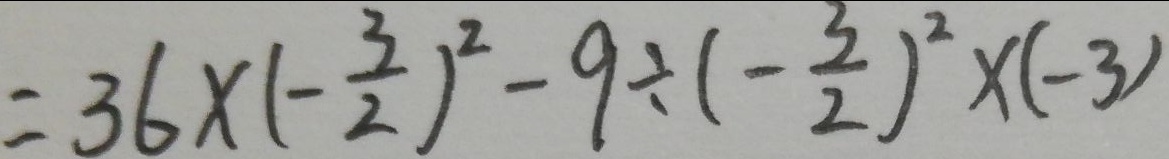
= 3 6 \times ( - \frac { 3 } { 2 } ) ^ { 2 } - 9 \div ( - \frac { 3 } { 2 } ) ^ { 2 } \times ( - 3 )